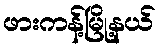
ဖားကန့်မြို့နယ်